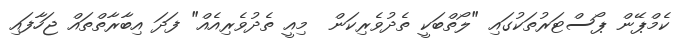
ކެމްޕޭން ޕޯސްޓަރުތަކުގައި "ލޯތްބަކީ ތެދުވެރިކަން  މިއީ ތެދުވެރިއެއް" ފަދަ އިބާރާތްތައް ޖަހާފައި